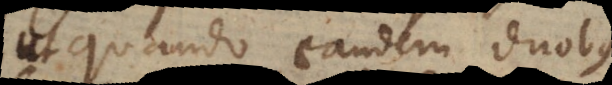
quando eandem duobus